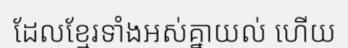
ដែលខ្មែរទាំងអស់គ្នាយល់ ហើយ